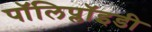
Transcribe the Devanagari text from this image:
पॉलिप्लॉइडी